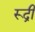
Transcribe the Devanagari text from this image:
रूद्री